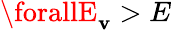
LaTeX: \forallE_{\mathbf{v}}>E